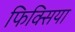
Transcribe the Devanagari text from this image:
फिक्सिया